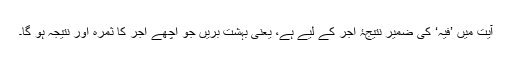
آیت میں ’فِیْہِ‘ کی ضمیر نتیجۂ اجر کے لیے ہے، یعنی بہشت بریں جو اچھے اجر کا ثمرہ اور نتیجہ ہو گا۔